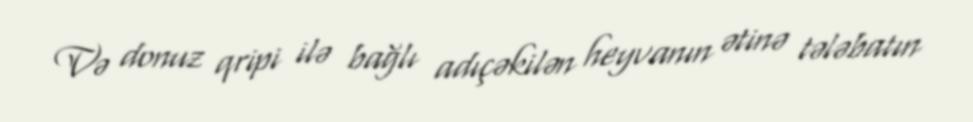
Və donuz qripi ilə bağlı adıçəkilən heyvanın ətinə tələbatın